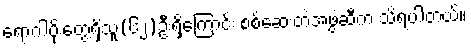
ရောဂါပိုးတွေ့ရှိသူ(၆၂)ဦးရှိကြောင်း စစ်ဆေးတဲ့အဖွဲ့ဆီက သိရပါတယ်။